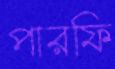
পারফি